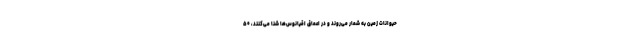
حیوانات زمین به شمار می‌روند و در اعماق اقیانوس‌ها شنا می‌کنند، ۵۰